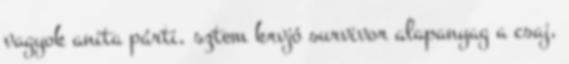
vagyok anita párti, sztem krvjó survivor alapanyag a csaj,